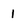
Character: 1